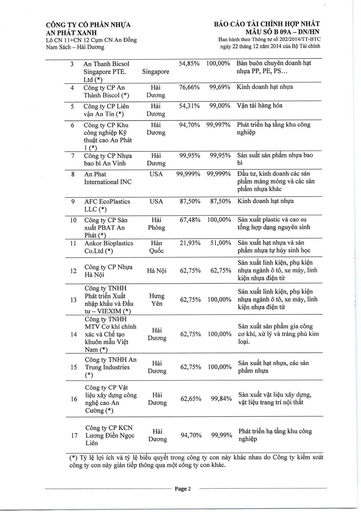
|3 An Thanh Bicsol Singapore PTE. Ltd|Singapore|54,85%|100,00%|Bán buôn chuyên doanh hạt nhựa PP, PE, PS| |---|---|---|---|---| |4 Công ty CP An Thành Biscol (*)|Hải Dương|76,66%|99,69%|Kinh doanh hạt nhựa| |5 Công ty CP Liên Vận An Tín (*)|Hải Dương|54,31%|99,00%|Vận tải hàng hóa| |6 Công ty CP Khu Công nghiệp Kỹ thuật Cao An Phát 1 (*)|Hải Dương|94,70%|99,997%|Phát triển hạ tầng khu công nghiệp| |7 Công ty CP Nhựa Bao bì An Vinh|Hải Dương|99,95%|99,95%|Sản xuất sản phẩm nhựa bao bì| |8 An Phat International INC|USA|99,999%|99,999%|Đầu tư, kinh doanh các sản phẩm màng mỏng và các sản phẩm nhựa khác| |9 AFC EcoPlastics LLC (*)|USA|87,50%|87,50%|Kinh doanh hạt nhựa| |10 Công ty CP Sản xuất PBAT An Phát (*)|Hải Phòng|67,48%|100,00%|Sản xuất plastic và cao su tổng hợp dạng nguyên sinh| |11 Ankor Bioplastics Co.Ltd (*)|Hàn Quốc|21,93%|51,00%|Sản xuất hạt nhựa và sản phẩm nhựa từ hữu sinh học| |Công ty CP Nhựa 12 Hà Nội|Hà Nội|62,75%|62,75%|Sản xuất linh kiện, phụ kiện nhựa ngành ô tô, xe máy, linh kiện nhựa điện tử| |Công ty TNHH Phát triển Xuất 13 Nhập khẩu và Đầu VIEXIM (*)|Hưng Yên|62,75%|100,00%|Sản xuất linh kiện, phụ kiện nhựa ngành ô tô, xe máy, linh kiện nhựa điện tử| |Công ty TNHH MTV Cơ khí Chính 14 Xác và Chế tạo Khuôn mẫu Việt Nam (*)|Hải Dương|62,75%|100,00%|Sản xuất sản phẩm gia công cơ khí, xử lý và tráng phủ kim loại.| |Công ty TNHH An 15 Trung Industries (*)|Hải Dương|62,75%|100,00%|Sản xuất hạt nhựa, các sản phẩm nhựa| |Công ty CP Vật 16 Liệu Xây dựng Công nghệ Cao An Cường (*)|Hải Dương|62,65%|99,84%|Sản xuất vật liệu xây dựng, vật liệu trang trí nội thất| |Công ty CP KCN 17 Lương Điền Ngọc Liên|Hải Dương|94,70%|99,99%|Phát triển hạ tầng khu công nghiệp|